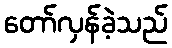
တော်လှန်ခဲ့သည်